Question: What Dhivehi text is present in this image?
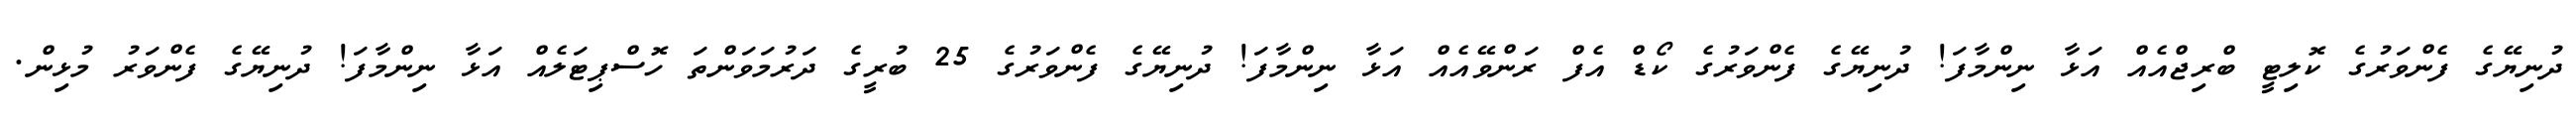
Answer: ދުނިޔޭގެ ފެންވަރުގެ ކޮލިޓީ ބްރިޖްއެއް އަޅާ ނިންމާފަ! ދުނިޔޭގެ ފެންވަރުގެ ކޯޑް އެފް ރަންވޭއެއް އަޅާ ނިންމާފަ! ދުނިޔޭގެ ފެންވަރުގެ 25 ބުރީގެ ދަރުމަވަންތަ ހޮސްޕިޓަލެއް އަޅާ ނިންމާފަ! ދުނިޔޭގެ ފެންވަރު މުޅިން.